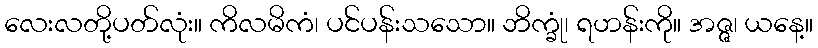
လေးလတို့ပတ်လုံး။ ကိလမိကံ၊ ပင်ပန်းသသော။ ဘိက္ခုံ၊ ရဟန်းကို။ အဇ္ဇ၊ ယနေ့။